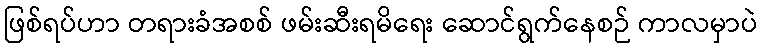
ဖြစ်ရပ်ဟာ တရားခံအစစ် ဖမ်းဆီးရမိရေး ဆောင်ရွက်နေစဉ် ကာလမှာပဲ